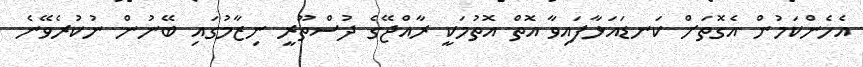
އެހެންކަމުން އެގޮތަށް ކަނޑައަޅާފައިވާ އޮތް އޮތުމަކީ ރާއްޖޭގެ ދުސްތޫރީ ނިޒާމުގައި ބޭނުން ނުކުރެވޭނެ